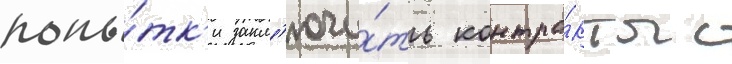
попы́тк'и закл'ючи́ть контра́кты с